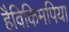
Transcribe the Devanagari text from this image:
हैविकिमपिया